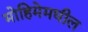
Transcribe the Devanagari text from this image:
मोहिमेमधील